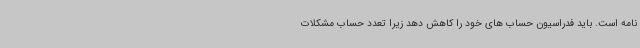
نامه است. باید فدراسیون حساب های خود را کاهش دهد زیرا تعدد حساب مشکلات